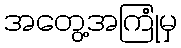
အတွေ့အကြုံမှ